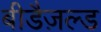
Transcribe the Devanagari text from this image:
बीडैज़ल्ड